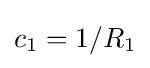
c_{1}=1/R_{1}